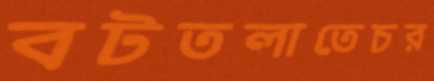
বটতলাতেচর